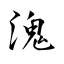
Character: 溾